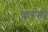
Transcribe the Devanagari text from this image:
कर्रही